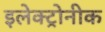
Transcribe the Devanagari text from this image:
इलेक्ट्रोनीक